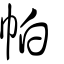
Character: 帕